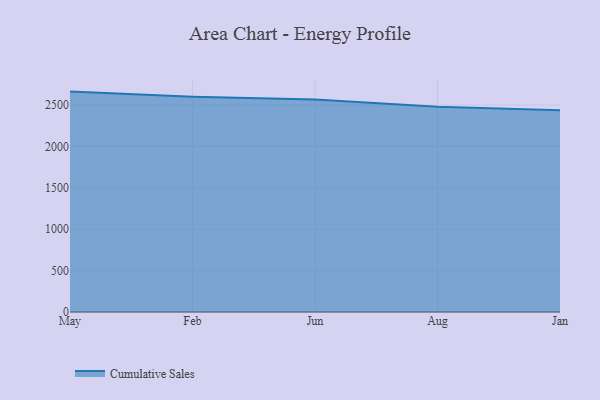
{"axis": {"x": "Month", "y": "Gross Profit (USD K)"}, "legend": ["Cumulative Sales"], "data": [{"x": "May", "y": 2661.8, "type": "Cumulative Sales"}, {"x": "Feb", "y": 2601.1, "type": "Cumulative Sales"}, {"x": "Jun", "y": 2565.8, "type": "Cumulative Sales"}, {"x": "Aug", "y": 2477.4, "type": "Cumulative Sales"}, {"x": "Jan", "y": 2437.2, "type": "Cumulative Sales"}]}